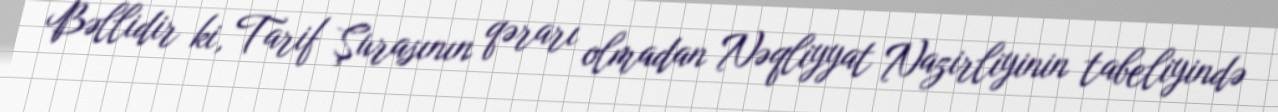
Bəllidir ki, Tarif Şurasının qərarı olmadan Nəqliyyat Nazirliyinin tabeliyində